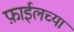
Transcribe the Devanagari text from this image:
फ़ाईलच्या